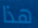
هذا